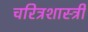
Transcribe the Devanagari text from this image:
चरित्रशास्त्री